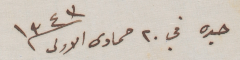
جده في ٢٠ حمادى الاولى  ١٣٤٣